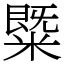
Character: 䊠